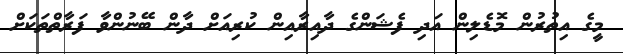
މީގެ އިތުރުން މޮޑެލިން އަދި ފެޝަންގެ ދާއިރާއިން ކުރިއަށް ދާން ބޭނުންވާ ފަރާތްތަކަށް